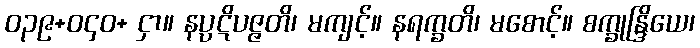
ဝ၃၉+ဝ၄၀+ ငှာ။ နပ္ပဋိပဇ္ဇတိ၊ မကျင့်။ နရက္ခတိ၊ မစောင့်။ စက္ခုန္ဒြိယေ၊